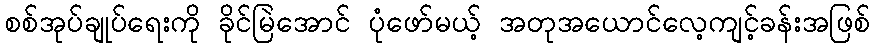
စစ်အုပ်ချုပ်ရေးကို ခိုင်မြဲအောင် ပုံဖော်မယ့် အတုအယောင်လေ့ကျင့်ခန်းအဖြစ်